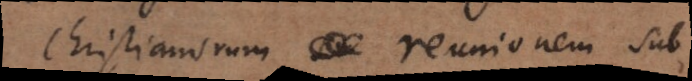
Christianorum reunionem sub